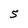
Character: 5